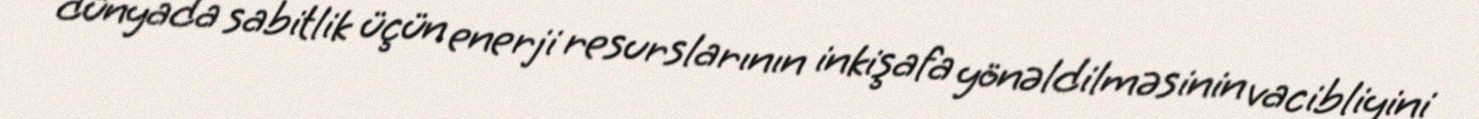
dünyada sabitlik üçün enerji resurslarının inkişafa yönəldilməsinin vacibliyini